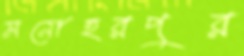
মনোহরপুর